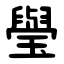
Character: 㼂